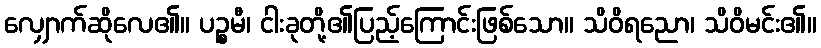
လျှောက်ဆိုလေ၏။ ပဉ္စမီ၊ ငါးခုတို့၏ပြည့်ကြောင်းဖြစ်သော။ သိဝိရညော၊ သိဝိမင်း၏။